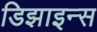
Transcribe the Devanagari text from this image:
डिझाइन्स